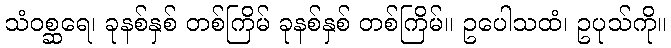
သံဝစ္ဆရေ၊ ခုနစ်နှစ် တစ်ကြိမ် ခုနစ်နှစ် တစ်ကြိမ်။ ဥပေါသထံ၊ ဥပုသ်ကို။